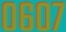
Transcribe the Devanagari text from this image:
०६०७